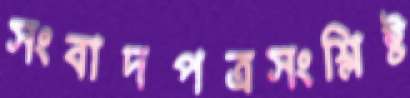
সংবাদপত্রসংশ্লিষ্ট